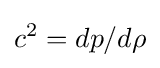
c^{2}=dp/d\rho